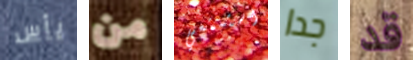
يأس من استمتعي جدا قد